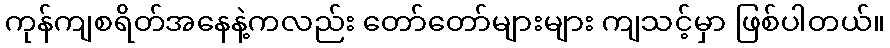
ကုန်ကျစရိတ်အနေနဲ့ကလည်း တော်တော်များများ ကျသင့်မှာ ဖြစ်ပါတယ်။